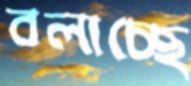
বলাচ্ছে